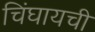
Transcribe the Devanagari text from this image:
चिंघायची